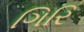
ગિરિ